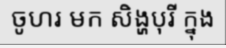
ចូហរ មក សិង្ហបុរី ក្នុង